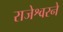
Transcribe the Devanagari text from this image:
राजेश्वरने